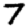
Digit: 7